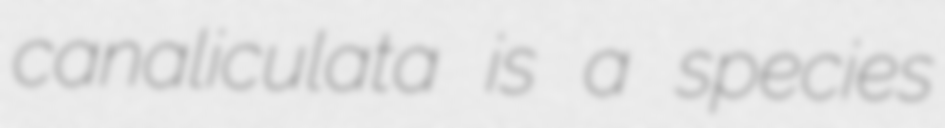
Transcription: canaliculata is a species